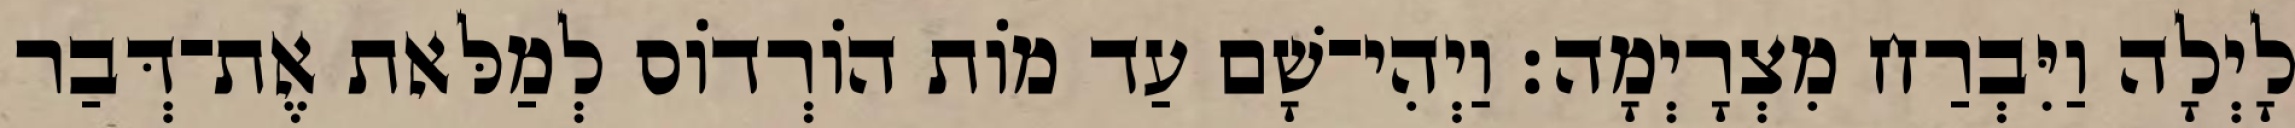
לָיְלָה וַיִּבְרַח מִצְרָיְמָה׃ וַיְהִי־שָׁם עַד מוֹת הוֹרְדוֹס לְמַלּאת אֶת־דְּבַר